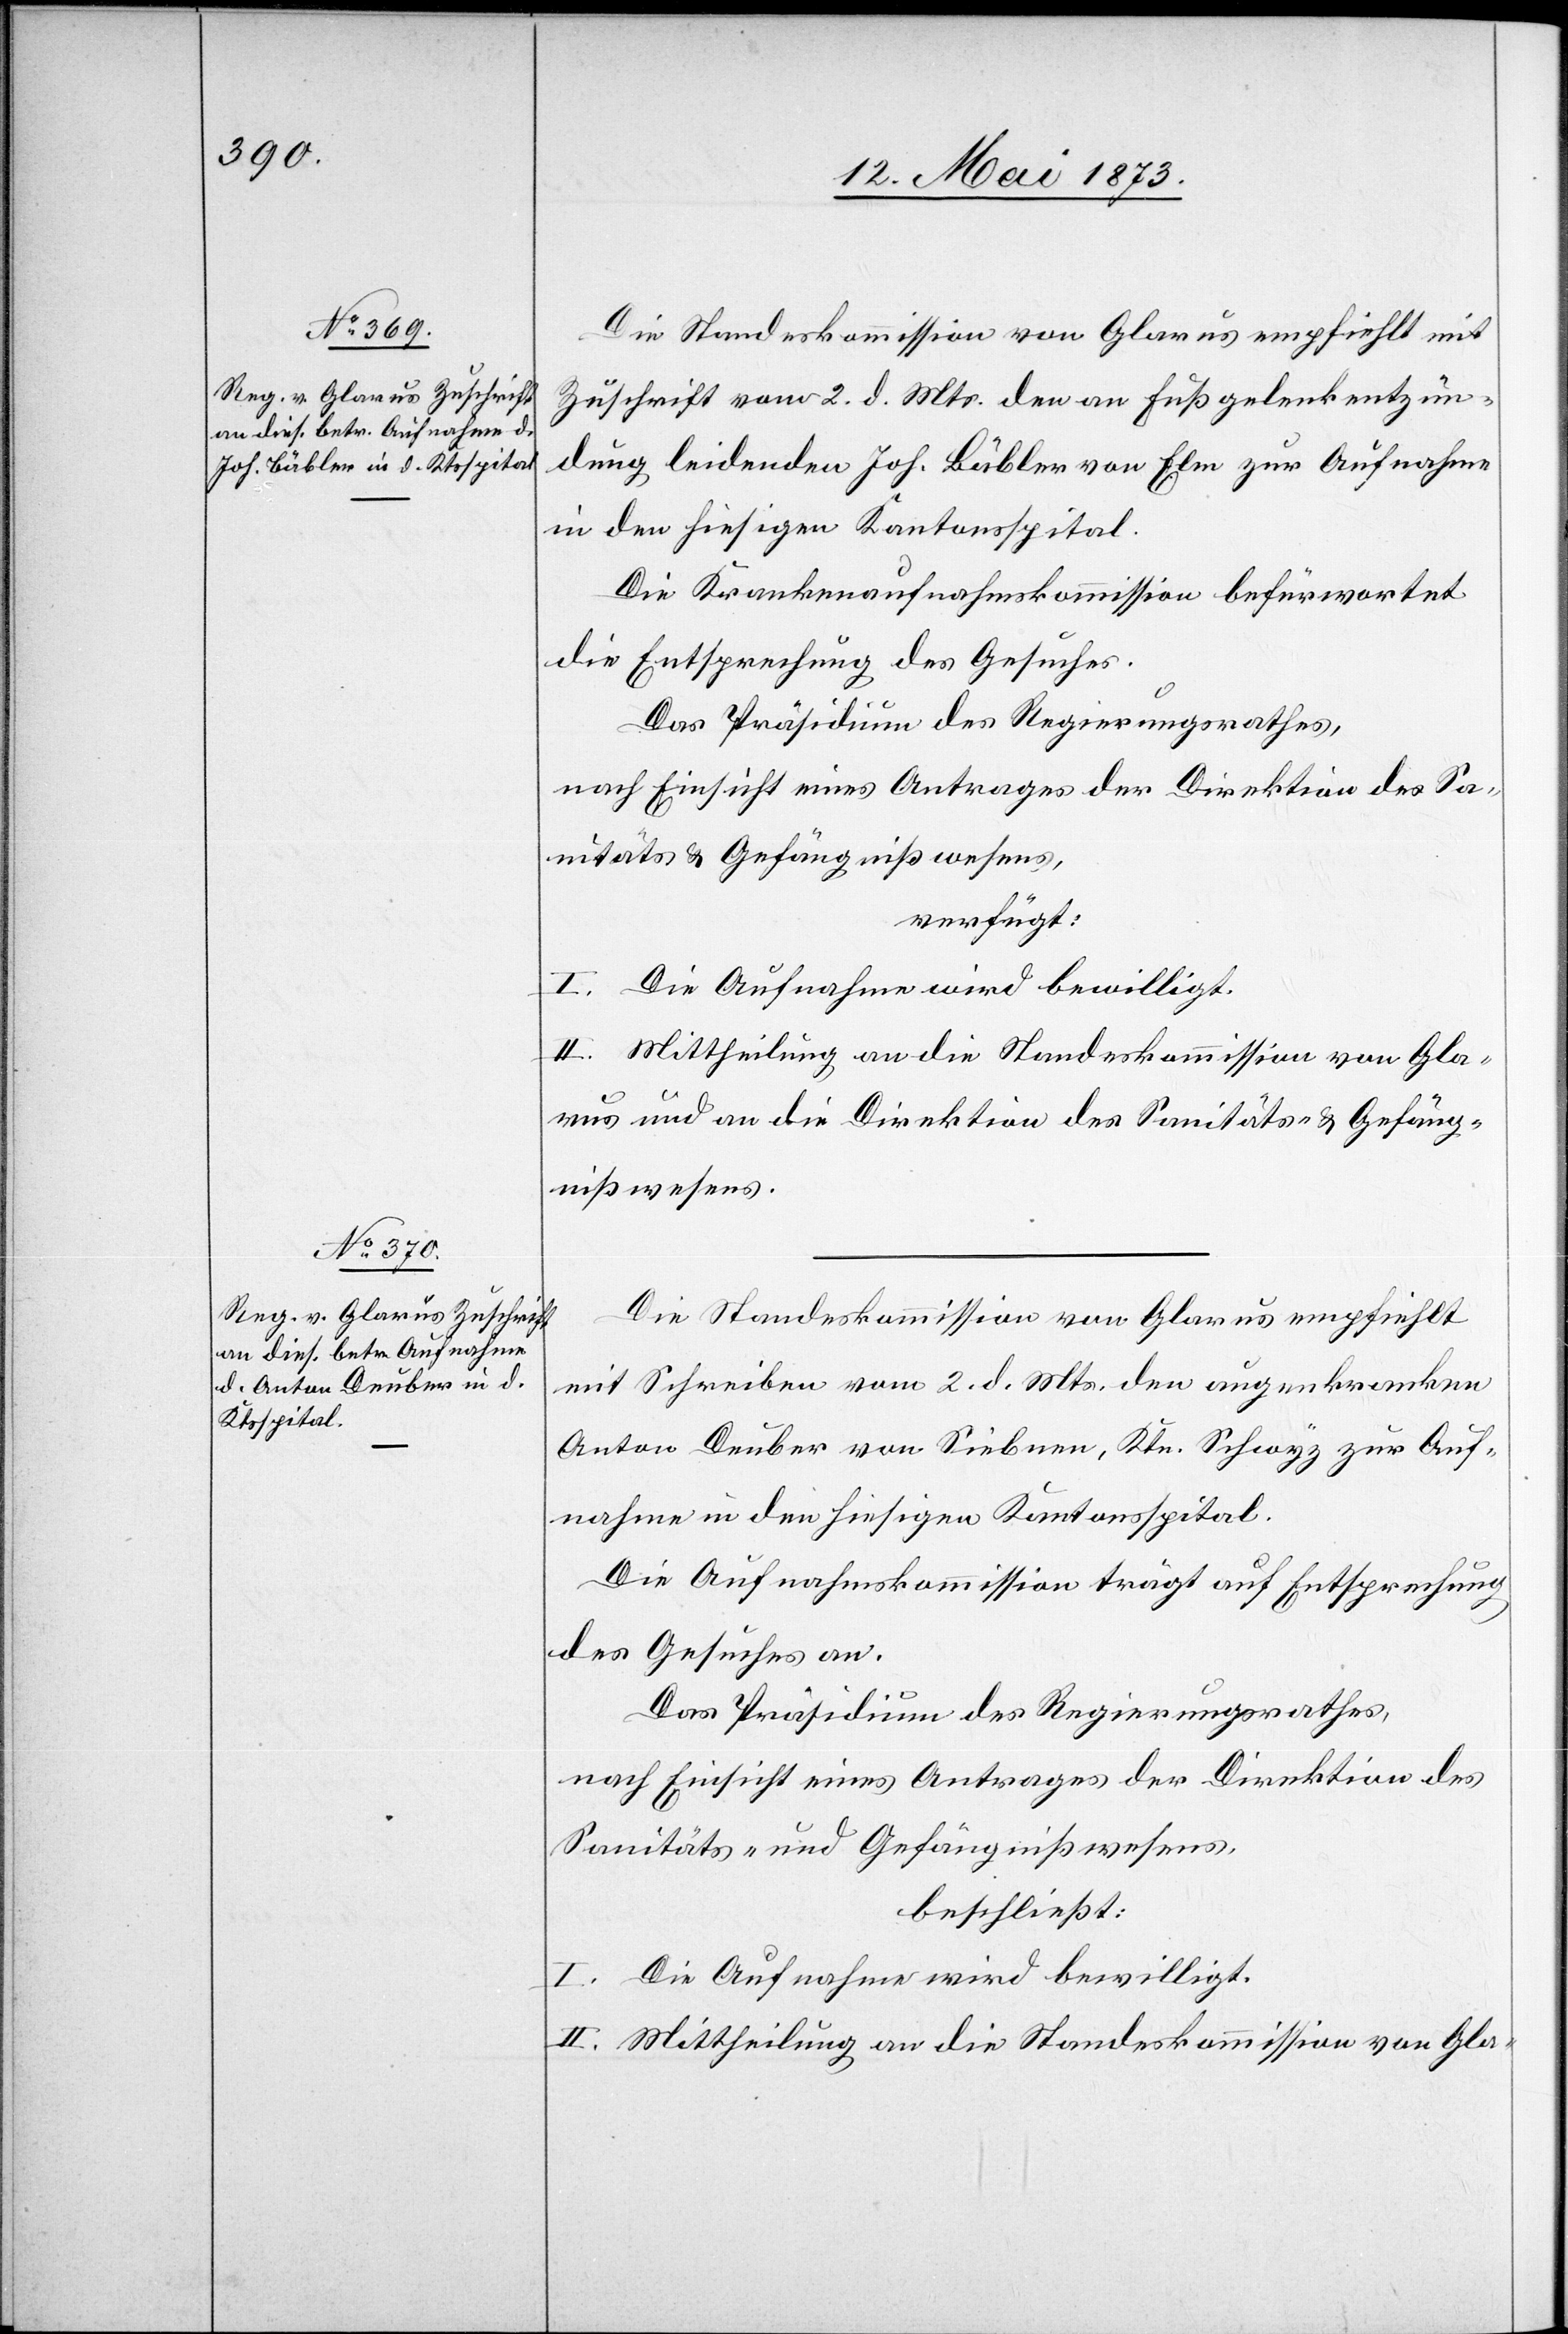
12. Mai 1873.]
Die Standeskommission von Glarus empfiehlt mit
Zuschrift vom 2. d. Mts. den an Fußgelenkentzün¬
dung leidenden Joh. Bäbler von Elm zur Aufnahme
in den hiesigen Kantonsspital.
Die Krankenaufnahmskommission befürwortet
die Entsprechung des Gesuches.
Das Präsidium des Regierungsrathes,
nach Einsicht eines Antrages der Direktion des Sa¬
nitäts- & Gefängnißwesens,
verfügt:
I. Die Aufnahme wird bewilligt.
II. Mittheilung an die Standeskommission von Gla¬
rus und an die Direktion des Sanitäts- & Gefäng¬
nißwesens.
Die Standeskommission von Glarus empfiehlt
mit Schreiben vom 2. d. Mts. den augenkranken
Anton Deuber von Siebnen, Ktn. Schwyz zur Auf¬
nahme in den hiesigen Kantonsspital.
Die Aufnahmskommission trägt auf Entsprechung
des Gesuches an.
Das Präsidium des Regierungsrathes,
nach Einsicht eines Antrages der Direktion des
Sanitäts- und Gefängnißwesens,
beschließt:
I. Die Aufnahme wird bewilligt.
II. Mittheilung an die Standeskommission von Gla-